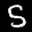
Label: 5